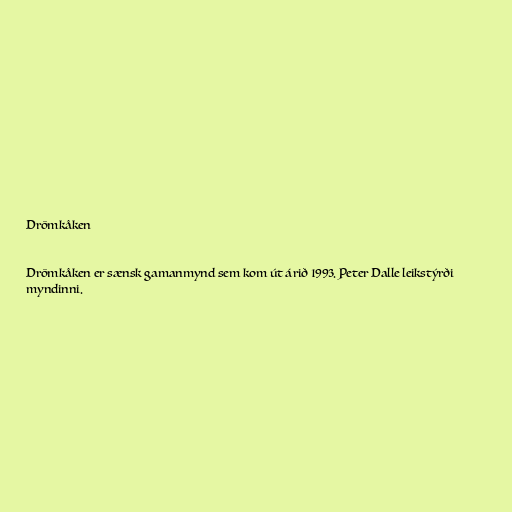
Drömkåken

Drömkåken er sænsk gamanmynd sem kom út árið 1993. Peter Dalle leikstýrði
myndinni.